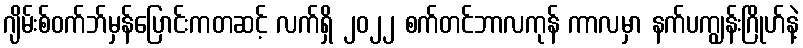
ဂျိမ်းစ်ဝက်ဘ်မှန်ပြောင်းကတဆင့် လက်ရှိ ၂၀၂၂ စက်တင်ဘာလကုန် ကာလမှာ နက်ပကျွန်းဂြိုဟ်နဲ့